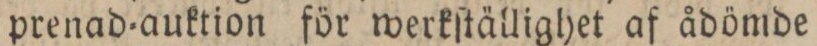
prenad=auktion för werkſtällighet af ådömde